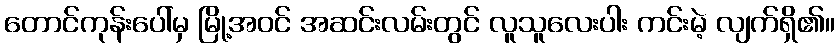
တောင်ကုန်းပေါ်မှ မြို့အဝင် အဆင်းလမ်းတွင် လူသူလေးပါး ကင်းမဲ့ လျက်ရှိ၏။